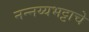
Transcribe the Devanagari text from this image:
नन्नय्यभट्टाचे